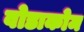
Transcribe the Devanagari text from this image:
वोडाकोम